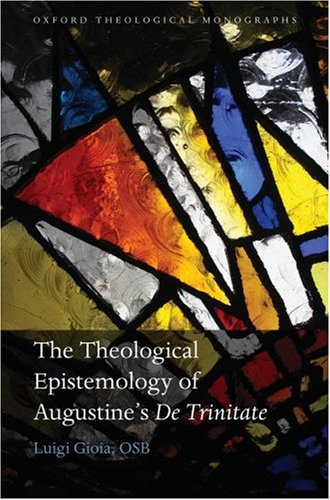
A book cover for The Theological Epistemology of Augustine's De Trinitate; Luigi Gioia  OSB; Politics & Social Sciences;